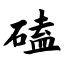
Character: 磕